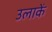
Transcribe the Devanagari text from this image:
उलाकें